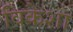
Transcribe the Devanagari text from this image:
विकेशा